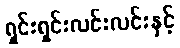
ရှင်းရှင်းလင်းလင်းနှင့်